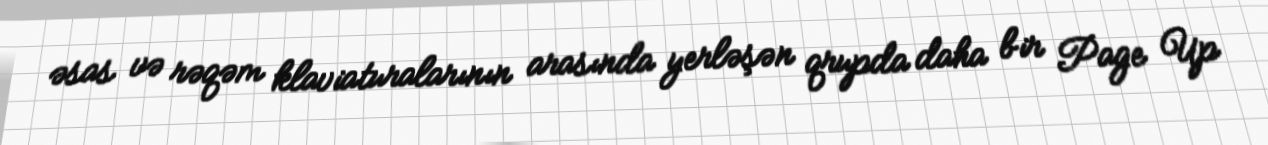
əsas və rəqəm klaviaturalarının arasında yerləşən qrupda daha bir Page Up